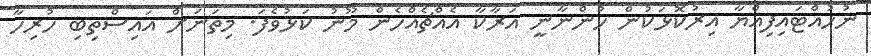
ނުހުއްޓައިފިއްޔާ އިރުކޮޅަކުން ހުންނާނީ އަރާކާ އެއްޗެއްހެން މޫނު ކަޅުވެފަ. މިތަނަށް އައިސްތިބި ހުރިހާ